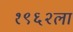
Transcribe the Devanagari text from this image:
१९६२ला